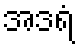
အဒရံ